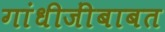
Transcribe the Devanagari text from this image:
गांधीजींबाबत